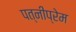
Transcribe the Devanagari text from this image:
पत्नीप्रेम